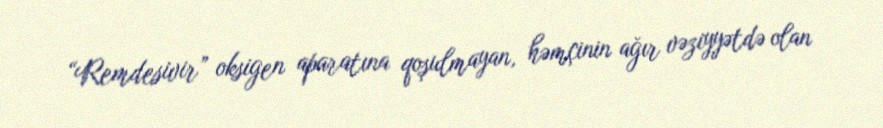
“Remdesivir” oksigen aparatına qoşulmayan, həmçinin ağır vəziyyətdə olan